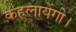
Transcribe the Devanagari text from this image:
कहलायेंगी।